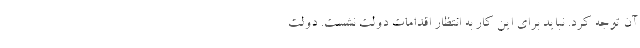
آن توجه کرد. نباید برای این کار به انتظار اقدامات دولت نشست. دولت